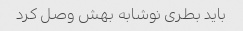
باید بطری نوشابه بهش وصل کرد